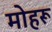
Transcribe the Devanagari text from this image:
मोहरू